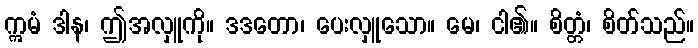
ဣမံ ဒါန၊ ဤအလှူကို။ ဒဒတော၊ ပေးလှူသော။ မေ၊ ငါ၏။ စိတ္တံ၊ စိတ်သည်။